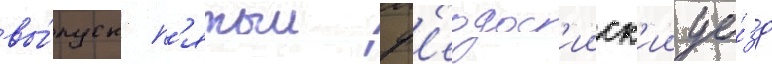
вы́пуск п'ятыи ф'еодос'ииск'ии уе́зд